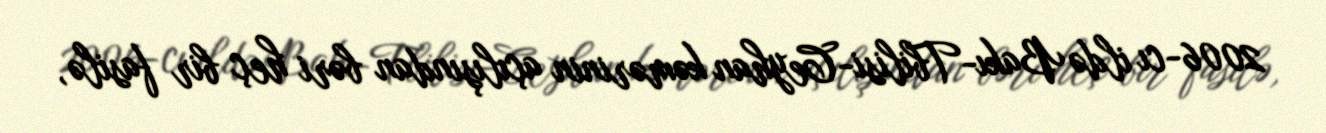
2006-cı ildə Bakı-Tbilisi-Ceyhan kəmərinin açılışından bəri heç bir fasilə,